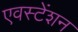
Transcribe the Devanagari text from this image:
एवस्टेंशन